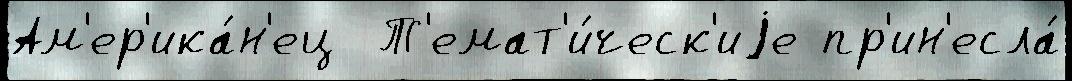
Ам'ер'ика́н'ец  Т'емат'и́ческ'иjе пр'ин'есла́